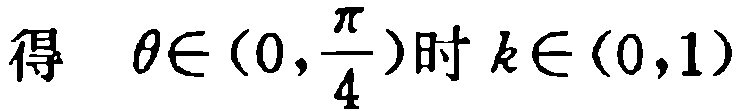
得 \(\theta\in(0,\frac{\pi}{4})\)时 \(k\in(0,1)\)